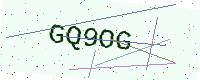
Text: GQ9OG